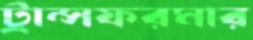
ট্রান্সফরমার